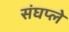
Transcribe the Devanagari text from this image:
संघप्ले